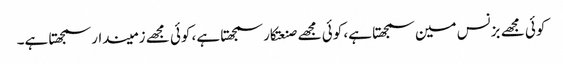
کوئی مجھے بزنس مین سمجھتا ہے، کوئی مجھے صنعتکار سمجھتا ہے، کوئی مجھے زمیندار سمجھتا ہے۔